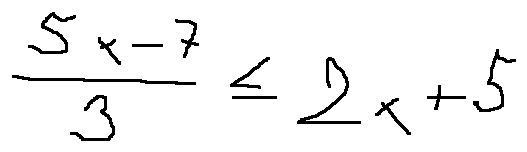
\frac { 5 x - 7 } { 3 } \leq 2 x + 5